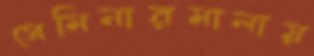
সেমিনারমালায়